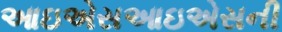
આઇએસઆઇએસની